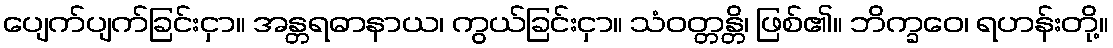
ပျေက်ပျက်ခြင်းငှာ။ အန္တရဓာနာယ၊ ကွယ်ခြင်းငှာ။ သံဝတ္တန္တိ၊ ဖြစ်၏။ ဘိက္ခဝေ၊ ရဟန်းတို့။